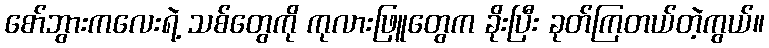
စော်ဘွားကလေးရဲ့ သစ်တွေကို ကုလားဖြူတွေက ခိုးပြီး ခုတ်ကြတယ်တဲ့ကွယ်။